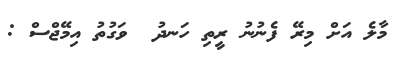
މާލެ އަށް މިރޭ ފެނުނު ރީތި ހަނދު  ވަގުތު އިމޭޖްސް :